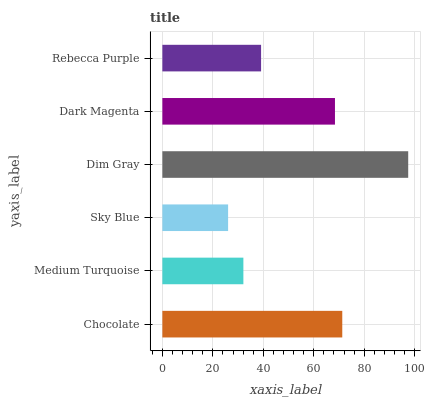
| yaxis_label | bars |
 | --- | --- |
 | Chocolate | 71.3 |
 | Medium Turquoise | 32.1 |
 | Sky Blue | 26 |
 | Dim Gray | 97.4 |
 | Dark Magenta | 68.4 |
 | Rebecca Purple | 39.1 |